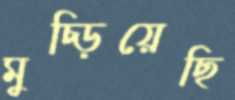
মুচ্‌ড়িয়েছি